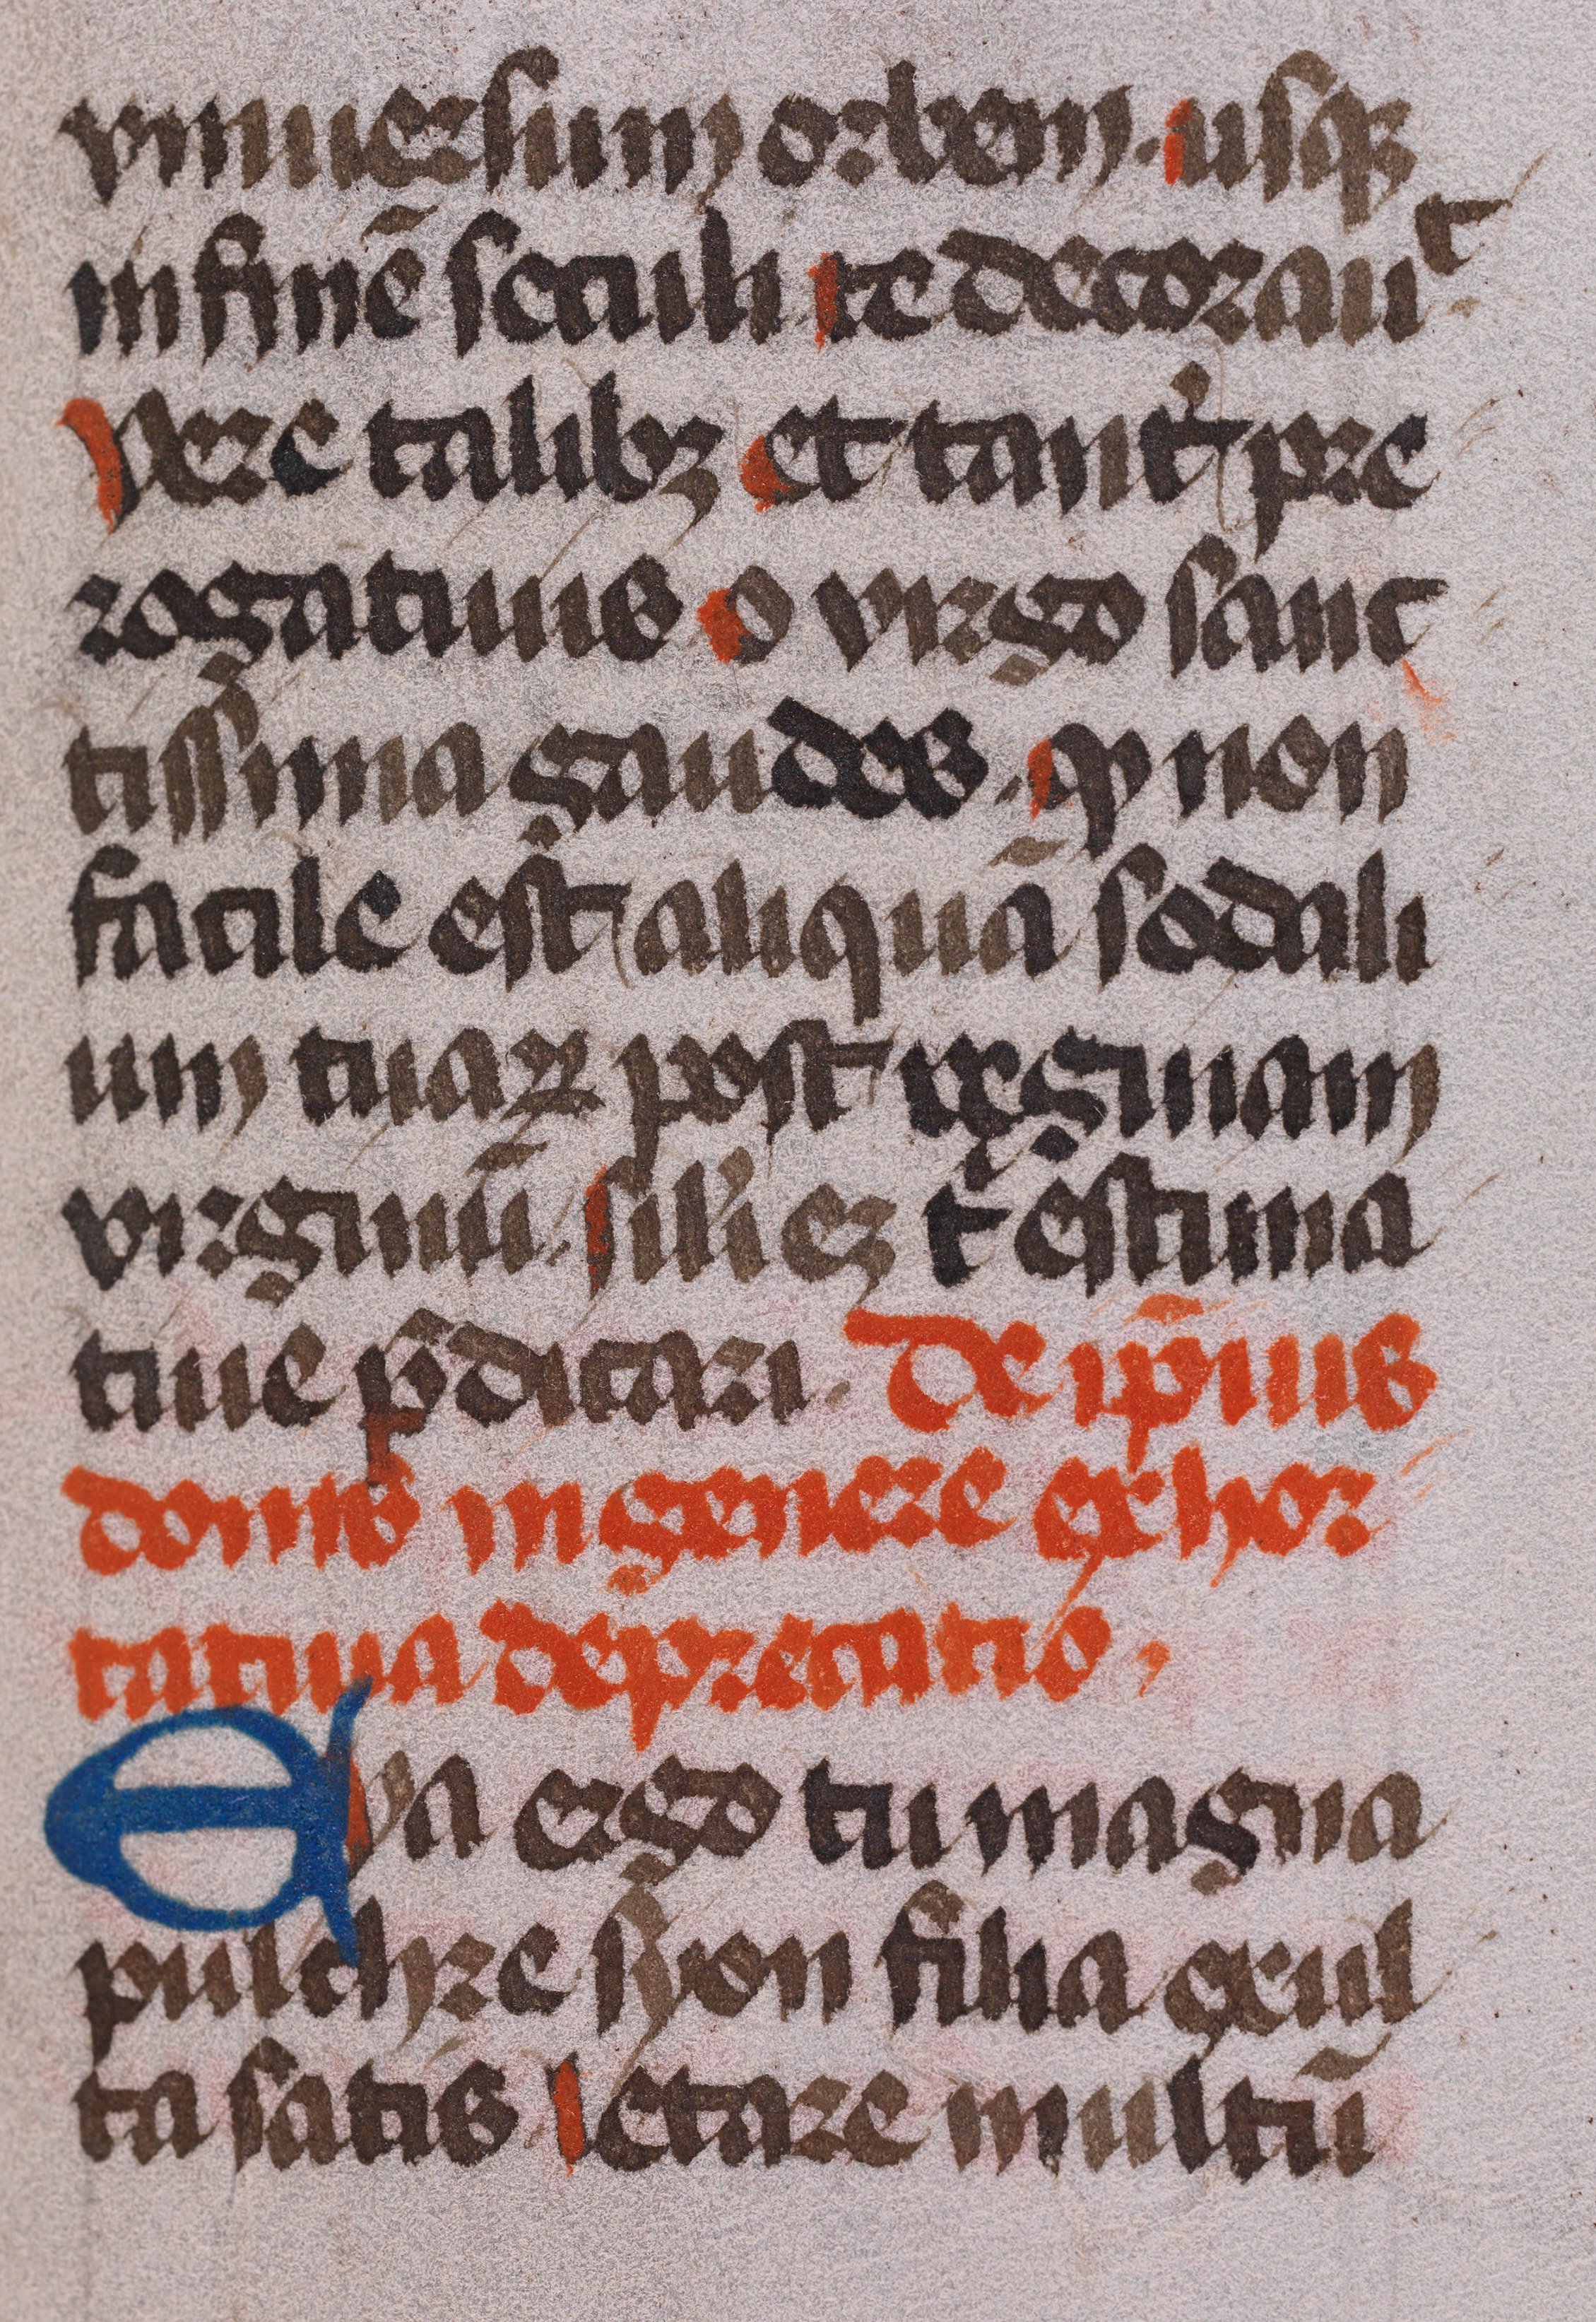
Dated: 1475–1499